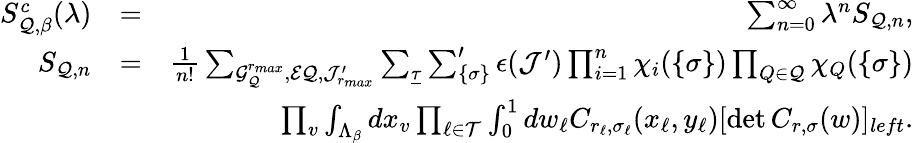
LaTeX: \begin{array}{rlr}{S_{{\cal Q},\beta}^{c}(\lambda)}&{=}&{\sum_{n=0}^{\infty}\lambda^{n}S_{{\cal Q},n},}\\ {S_{{\cal Q},n}}&{=}&{{\frac{1}{n!}}\sum_{{\cal G}_{\cal Q}^{r_{max}},{\cal{EQ}},{\cal J}_{r_{max}}^{\prime}}\sum_{\underline{\tau}}\sum_{\{ {\sigma}\} }^{\prime}{\epsilon}({\cal J}^{\prime})\prod_{i=1}^{n}\chi_{i}(\{ \sigma\} )\prod_{Q\in{\cal Q}}\chi_{Q}(\{ \sigma\} )}\\ &{}&{\quad\quad\prod_{v}\int_{\Lambda_{\beta}}dx_{v}\prod_{\ell\in{\cal T}}\int_{0}^{1}dw_{\ell}C_{r_{\ell},{\sigma}_{\ell}}(x_{\ell},y_{\ell})[\operatorname*{det}C_{r,{\sigma}}(w)]_{left}.}\end{array}